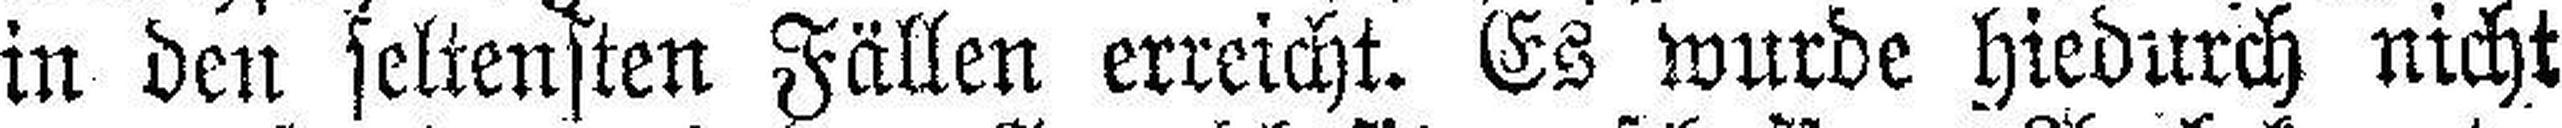
in den seltensten Fällen erreicht. Es wurde hiedurch nicht